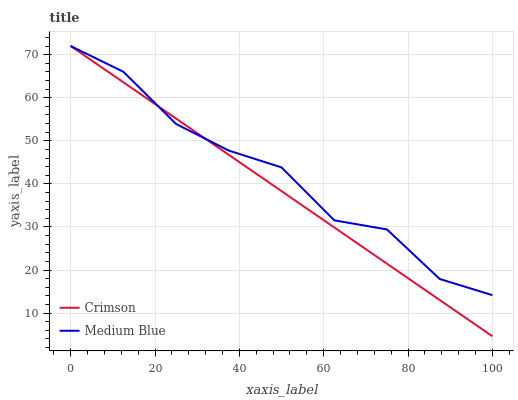
| xaxis_label | Crimson | Medium Blue |
 | --- | --- | --- |
 | 0 | 72 | 72 |
 | 12.5 | 63.6 | 66 |
 | 25 | 55.2 | 53.9 |
 | 37.5 | 46.7 | 47.7 |
 | 50 | 38.3 | 43.8 |
 | 62.5 | 29.9 | 31.5 |
 | 75 | 21.5 | 29.4 |
 | 87.5 | 13 | 17.9 |
 | 100 | 4.63 | 14.2 |